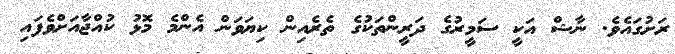
ރަށުގައެވެ. ނާޝް އަކީ ސަމީރުގެ ދަރީންތަކުގެ ތެރެއިން ކިޔަވަން އެންމެ މޮޅު ކުއްޖާއަށްވެފައި